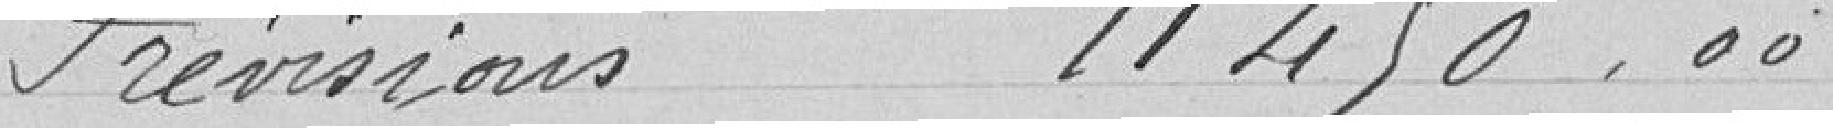
Prévisions 11 450,00